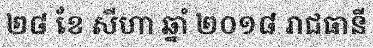
២៨ ខែ សីហា ឆ្នាំ ២០១៨ រាជធានី